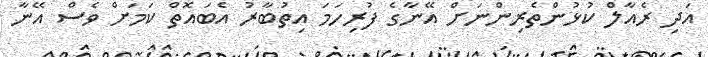
އަދި ރެއާލް ކުޅުންތެރިންނަށް އޭނާގެ ފުރިހަމަ އިތުބާރު އެބައޮތް ކަމަށް ވެސް އޭނާ